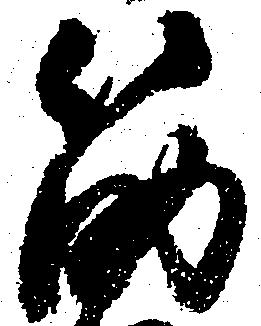
筋